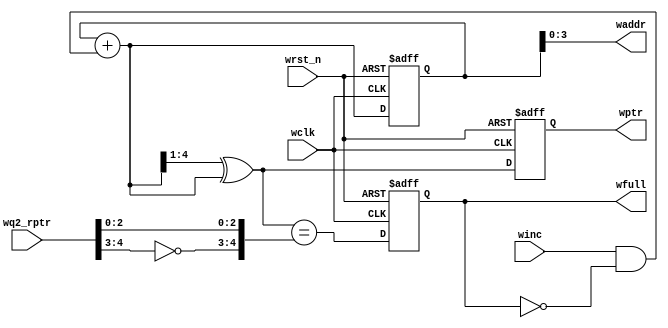
//****************************************************************************//
//# @Author: 
//# @Date:   2019-04-07 03:20:23
//# @Last Modified by:   zlk
//# @WeChat Official Account: OpenFPGA
//# @Last Modified time: 2019-08-25 01:13:53
//# Description: 
//# @Modification History: 2018-05-28 20:26:51
//# Date          By         Version         Change Description: 
//# ========================================================================= #
//# 2018-05-28 20:26:51
//# ========================================================================= #
//# |                                                         | #
//# |                                OpenFPGA                   | #
//****************************************************************************//
`timescale 1ns / 1ps

module wptr_full
#(
    parameter ADDRSIZE = 4
) 
(
    output reg                wfull,   
    output     [ADDRSIZE-1:0] waddr,
    output reg [ADDRSIZE  :0] wptr, 
    input      [ADDRSIZE  :0] wq2_rptr,
    input                     winc, wclk, wrst_n
);
  reg  [ADDRSIZE:0] wbin;
  wire [ADDRSIZE:0] wgraynext, wbinnext;
  // GRAYSTYLE2 pointer
  always @(posedge wclk or negedge wrst_n)   
      if (!wrst_n)
          {wbin, wptr} <= 0;   
      else         
          {wbin, wptr} <= {wbinnext, wgraynext};
  // Memory write-address pointer (okay to use binary to address memory) 
  assign waddr = wbin[ADDRSIZE-1:0];
  assign wbinnext  = wbin + (winc & ~wfull);
  assign wgraynext = (wbinnext>>1) ^ wbinnext; //
  //-----------------------------------------------------------------
  assign wfull_val = (wgraynext=={~wq2_rptr[ADDRSIZE:ADDRSIZE-1],wq2_rptr[ADDRSIZE-2:0]}); //
  always @(posedge wclk or negedge wrst_n)
      if (!wrst_n)
          wfull  <= 1'b0;   
      else     
          wfull  <= wfull_val;
 
  endmodule